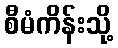
စီမံကိန်းသို့